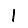
Digit: 1